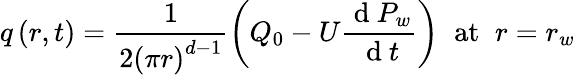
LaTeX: q\left(r,t\right)=\frac{1}{2\left(\pi r\right)^{d-1}}\left(Q_{0}-U\frac{\mathrm{~d~}P_{w}}{\mathrm{~d~}t}\right)\; \; \mathrm{at}\; \; r=r_{w}